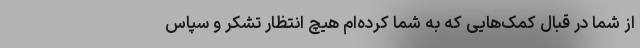
از شما در قبال کمک‌هایی که به شما کرده‌ام هیچ انتظار تشکر و سپاس